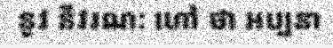
នូវ នីវរណ: ហៅ ថា អប្បនា